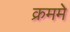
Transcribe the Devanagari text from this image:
क्रममे